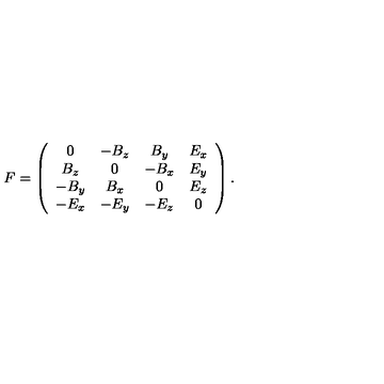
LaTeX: F = \left( \begin{array} { c c c c } { 0 } & { - B _ { z } } & { B _ { y } } & { E _ { x } } \\ { B _ { z } } & { 0 } & { - B _ { x } } & { E _ { y } } \\ { - B _ { y } } & { B _ { x } } & { 0 } & { E _ { z } } \\ { - E _ { x } } & { - E _ { y } } & { - E _ { z } } & { 0 } \\ \end{array} \right) .